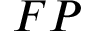
F P